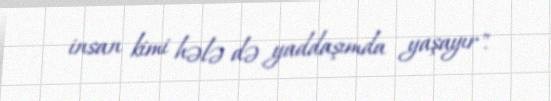
insan kimi hələ də yaddaşımda yaşayır".